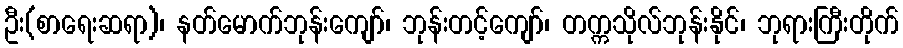
ဦး(စာရေးဆရာ)၊ နတ်မောက်ဘုန်းကျော်၊ ဘုန်းတင့်ကျော်၊ တက္ကသိုလ်ဘုန်းနိုင်၊ ဘုရားကြီးတိုက်